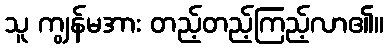
သူ ကျွန်မအား တည့်တည့်ကြည့်လာ၏။